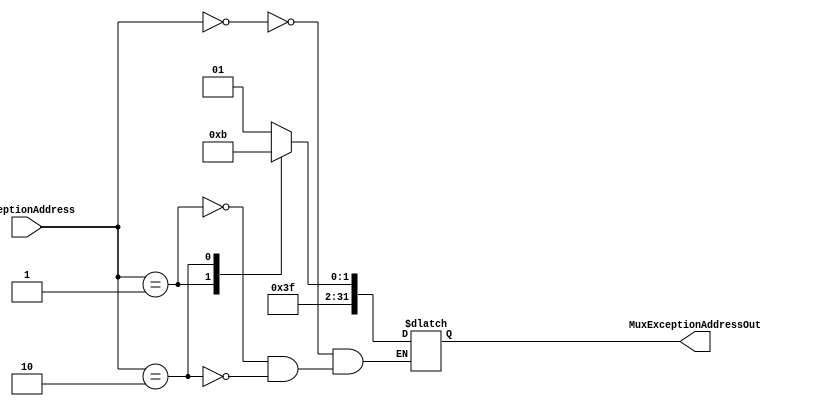
module MuxExceptionAddress (
	input wire[1:0] ExceptionAddress,
	output reg[31:0] MuxExceptionAddressOut
);
always @(*) begin
	case(ExceptionAddress)
		2'b00:
			MuxExceptionAddressOut <= 32'd253;
		2'b01:
			MuxExceptionAddressOut <= 32'd254;
		2'b10:
			MuxExceptionAddressOut <= 32'd255;
	endcase
end
endmodule